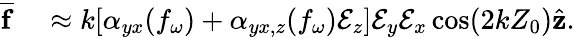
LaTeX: \begin{array}{rl}{\overline{{\mathbf{f}}}}&{{}\approx k[\alpha_{yx}(f_{\omega})+\alpha_{yx,z}(f_{\omega})\mathcal{E}_{z}]\mathcal{E}_{y}\mathcal{E}_{x}\cos(2kZ_{0})\hat{\mathbf{z}}.}\end{array}